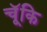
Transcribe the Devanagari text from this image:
चॅूकि